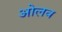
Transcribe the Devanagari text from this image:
ओलव